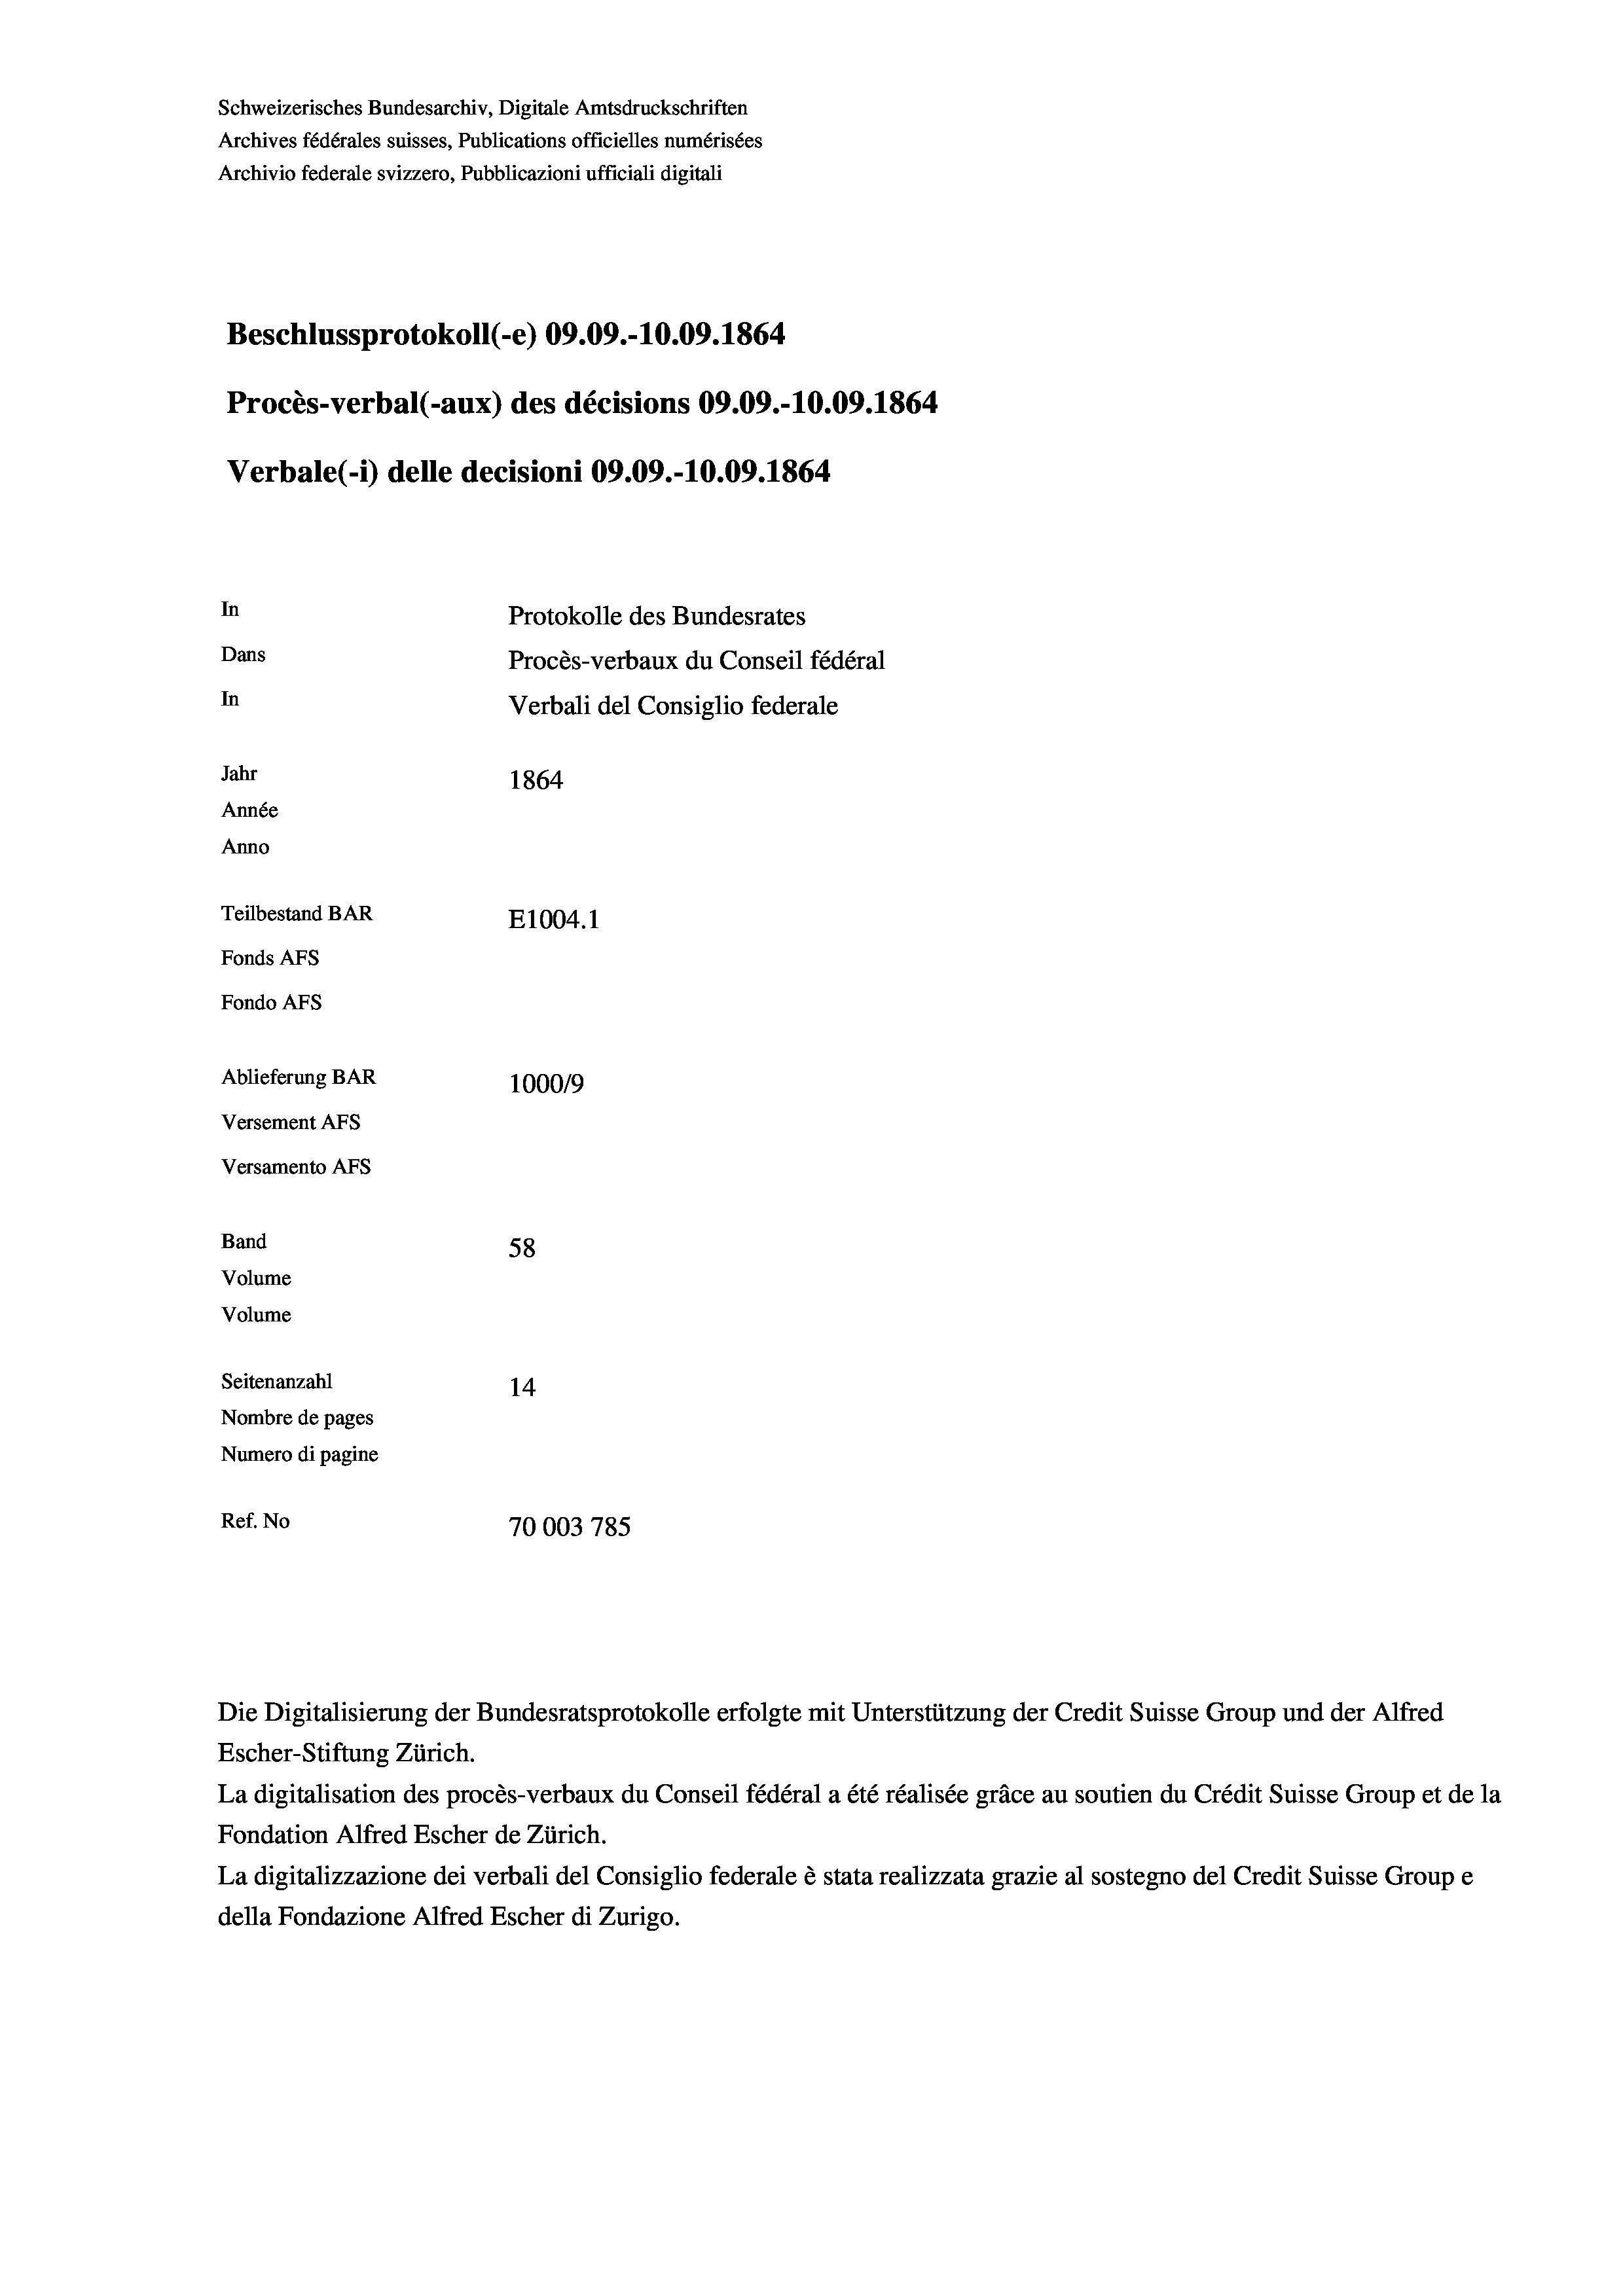
Schweizerisches Bundesarchiv, Digitale Amtsdruckschriften
Archives fédérales suisses, Publications officielles numérisées
Archivio federale svizzero, Pubblicazioni ufficiali digitali
Beschlussprotokoll (-e) 09.09.-10.09. 1864
Procès-verbal (-aux) des décisions 09.09.-10.09. 1864
Verbale (i) delle decisioni 09.09.-10.09. 1864
In
Protokolle des Bundesrates
Dans
Procès-verbaux du Conseil fédéral
In
Verbali del Consiglio federale
Jahr
1864
Année
Anno
Teilbestand BAR
E1004.1
Fonds AFs
Fondo AFS
Ablieferung BAR
1000/9
Versement AFs
Versamento Afs

Band
Volume
Volume
Seitenanzahl

58
14
Nombre de pages
Numero di pagine
Ref. No
70003 785

Escher-Stiftung Zürich.
La digitalisation des procès-verbaux du Conseil fédéral a été réalisée gräce au soutien du Crédit Suisse Group et de la
Fondation Alfred Escher de Zürich.
La digitalizzazione dei verbali del Consiglio federale è stata realizzata grazie al sostegno del Credit Suisse Groupe
della Fondazione Alfred Escher di Zurigo.

Die Digitalisierung der Bundesratsprotokolle erfolgte mit Unterstützung der Credit Suisse Group und der Alfred